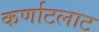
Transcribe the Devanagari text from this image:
कर्णाटलाट